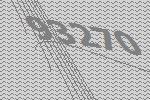
93270